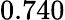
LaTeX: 0.740